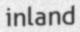
inland